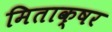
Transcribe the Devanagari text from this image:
मिताक्षर